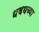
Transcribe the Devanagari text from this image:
धबधब्या